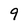
Character: 9